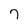
Character: 7